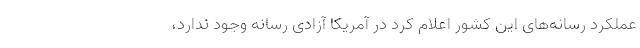
عملکرد رسانه‌های این کشور اعلام کرد در آمریکا آزادی رسانه وجود ندارد،